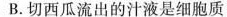
B.切西瓜流出的汁液是细胞质